Report of the Indian Hemp Drugs Commission, 1894-1895 - Volume I
Year: 1894
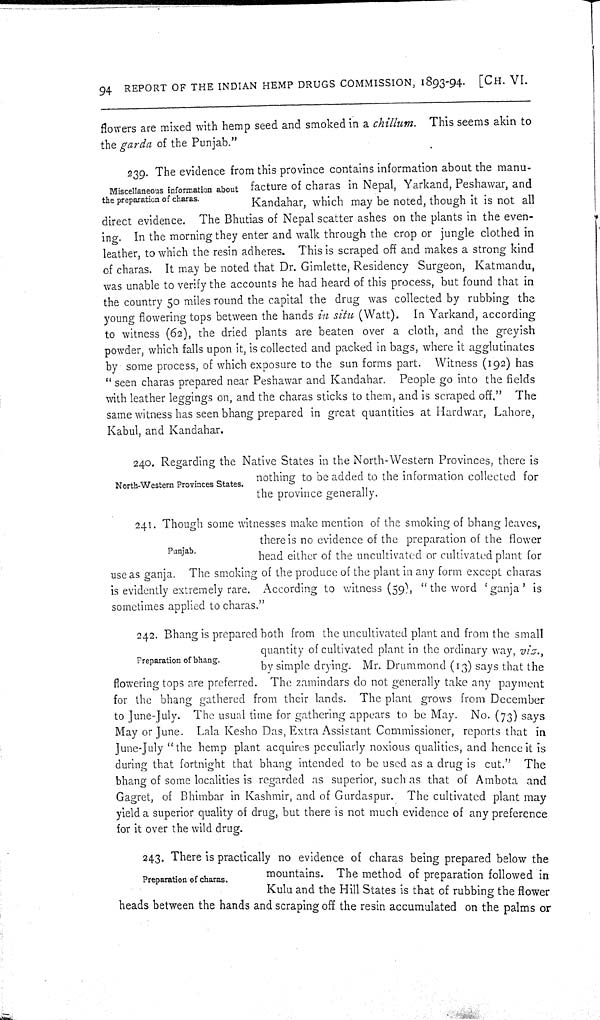
94 REPORT OF THE INDIAN HEMP DRUGS COMMISSION, 1893-94. [CH. VI.
flowers are mixed with hemp seed and smoked in a chillum.
This seems akin to
the garda of the Punjab."
Miscellaneous information about
the preparation of charas.
239. The evidence from this province contains information about the manu-
facture of charas in Nepal, Yarkand, Peshawar, and
Kandahar, which may be noted, though it is not all
direct evidence. The Bhutias of Nepal scatter ashes on the plants in the even-
ing. In the morning they enter and walk through the crop or jungle clothed in
leather, to which the resin adheres. This is scraped off and makes a strong kind
of charas. It may be noted that Dr. Gimlette, Residency Surgeon, Katmandu,
was unable to verify the accounts he had heard of this process, but found that in
the country 50 miles round the capital the drug was collected by rubbing the
young flowering tops between the hands in situ (Watt). In Yarkand, according
to witness (62), the dried plants are beaten over a cloth, and the greyish
powder, which falls upon it, is collected and packed in bags, where it agglutinates
by some process, of which exposure to the sun forms part. Witness (192) has
"seen charas prepared near Peshawar and Kandahar. People go into the fields
with leather leggings on, and the charas sticks to them, and is scraped off."
The
same witness has seen bhang prepared in great quantities at Hardwar, Lahore,
Kabul, and Kandahar.
North-Western Provinces States.
240. Regarding the Native States in the North-Western Provinces, there is
nothing to be added to the information collected for
the province generally.
Punjab.
241. Though some witnesses make mention of the smoking of bhang leaves,
there is no evidence of the preparation of the flower
head either of the uncultivated or cultivated plant for
use as ganja. The smoking of the produce of the plant in any form except charas
is evidently extremely rare. According to witness (59), "the word 'ganja' is
sometimes applied to charas."
Preparation of bhang.
242. Bhang is prepared both from the uncultivated plant and from the small
quantity of cultivated plant in the ordinary way, viz.,
by simple drying. Mr. Drummond (13) says that the
flowering tops are preferred. The zamindars do not generally take any payment
for the bhang gathered from their lands. The plant grows from December
to June-July. The usual time for gathering appears to be May. No. (73) says
May or June. Lala Kesho Das, Extra Assistant Commissioner, reports that in
June-July "the hemp plant acquires peculiarly noxious qualities, and hence it is
during that fortnight that bhang intended to be used as a drug is cut." The
bhang of some localities is regarded as superior, such as that of Ambota and
Gagret, of Bhimbar in Kashmir, and of Gurdaspur. The cultivated plant may
yield a superior quality of drug, but there is not much evidence of any preference
for it over the wild drug.
Preparation of charas.
243. There is practically no evidence of charas being prepared below the
mountains. The method of preparation followed in
Kulu and the Hill States is that of rubbing the flower
heads between the hands and scraping off the resin accumulated on the palms or